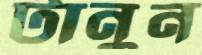
টানুন